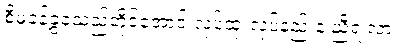
စီမံခန့်ခွဲခဲ့သည့်တိုင်အောင် လုပ်ထုံးလုပ်နည်းနဲ့ ညီရဲ့လား။